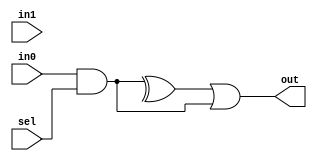
module Mux(in0, in1, sel, out);
input in0, in1, sel;
output out;

and an0(t, in0, sel);
xor xo0(ta, t, a);
and an1(tb, in0, sel);
or  or0(out, ta, tb);

endmodule